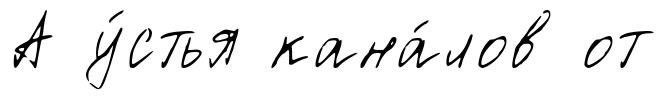
А у́стья кана́лов от